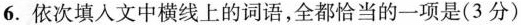
6. 依次填入文中横线上的词语，全都恰当的一项是(3分)